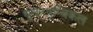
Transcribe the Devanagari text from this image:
थुवनथुम्बिकल